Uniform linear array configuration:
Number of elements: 64
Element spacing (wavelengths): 0.25
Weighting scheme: cosine
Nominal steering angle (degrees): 15
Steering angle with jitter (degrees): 13.72
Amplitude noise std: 0.05
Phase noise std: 0.05

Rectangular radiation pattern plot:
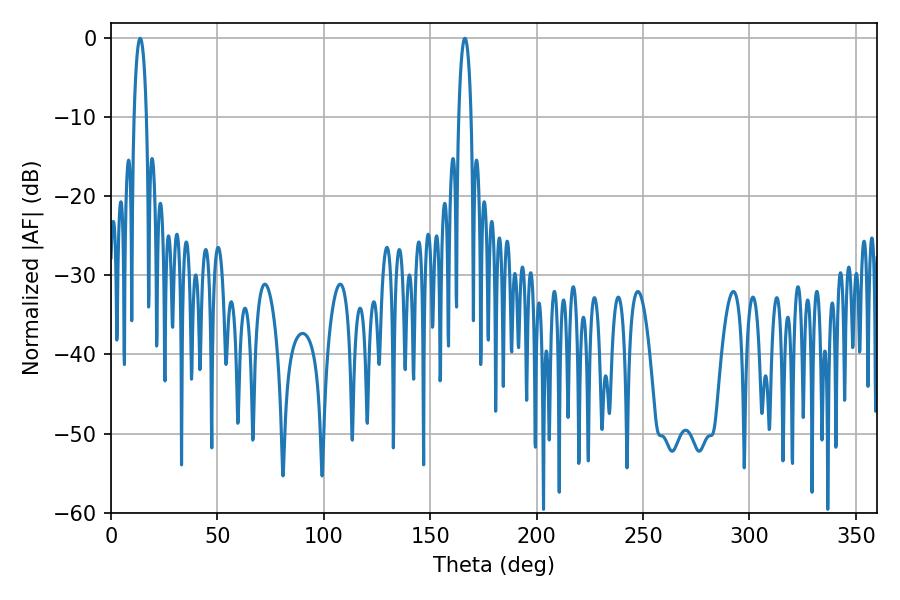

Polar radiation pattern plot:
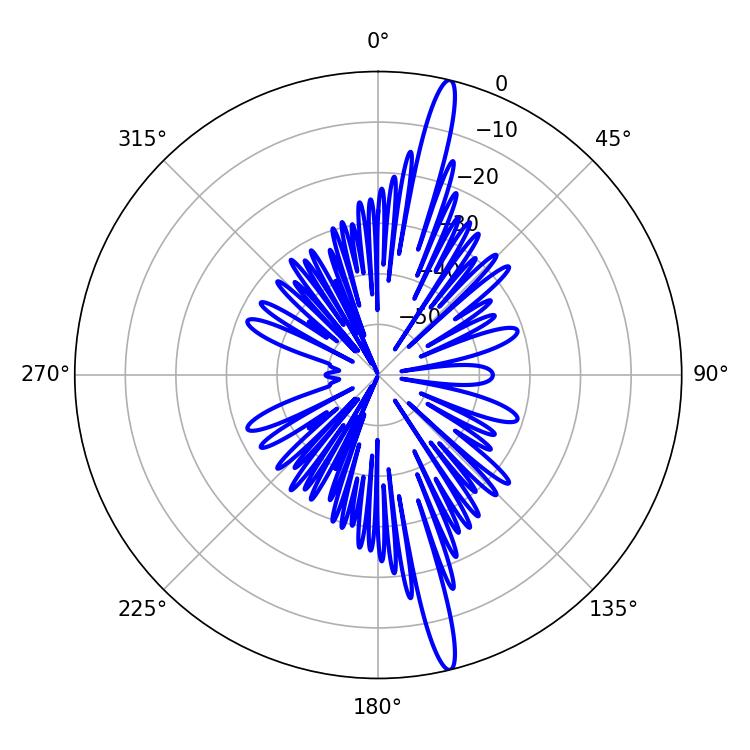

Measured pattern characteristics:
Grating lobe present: FALSE
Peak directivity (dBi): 18.107
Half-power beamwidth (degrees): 3.24
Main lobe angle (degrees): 13.68